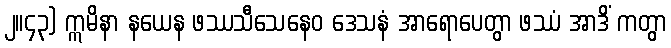
၂။၄၃) ဣမိနာ နယေန ဖဿသီသေနေဝ ဒေသနံ အာရောပေတွာ ဖဿံ အာဒိံ ကတွာ